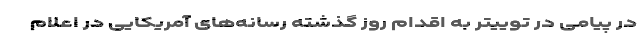
در پیامی در توییتر به اقدام روز گذشته رسانه‌های آمریکایی در اعلام